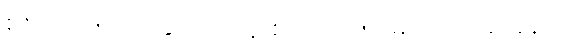
စစ်သား ၅-မျိုးနှင့် ရဟန်းစစ်သား ၅-မျိုးကို ပြဆိုခန်း။